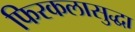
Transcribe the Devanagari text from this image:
फिरकलासुद्धा